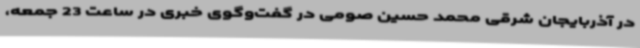
در آذربایجان شرقی محمد حسین صومی در گفت‌وگوی خبری در ساعت 23 جمعه،